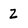
Character: 2